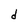
Character: d